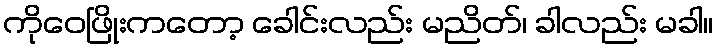
ကိုဝေဖြိုးကတော့ ခေါင်းလည်း မညိတ်၊ ခါလည်း မခါ။